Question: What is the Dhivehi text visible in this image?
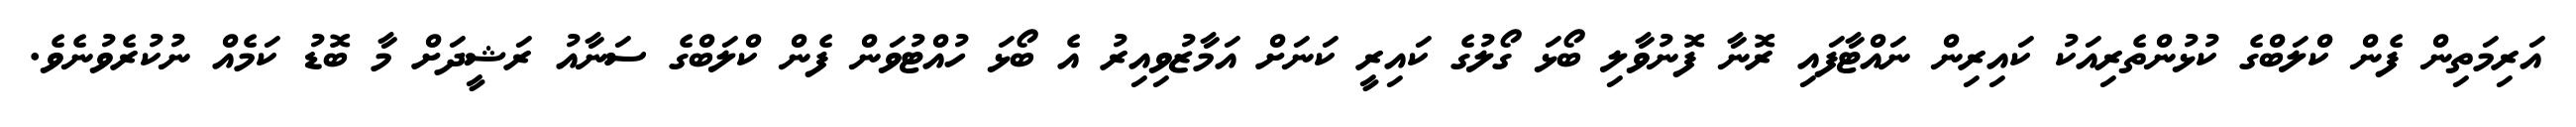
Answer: އަރިމަތިން ފެން ކްލަބްގެ ކުޅުންތެރިއަކު ކައިރިން ނައްޓާފައި ރޮނާ ފޮނުވާލި ބޯޅަ ގޯލުގެ ކައިރީ ކަނަށް އަމާޒުވިއިރު އެ ބޯޅަ ހުއްޓުވަން ފެން ކްލަބްގެ ސަނާއު ރަޝީދަށް މާ ބޮޑު ކަމެއް ނުކުރެވުނެވެ.